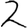
Digit: 2